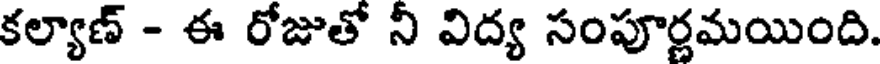
కల్యాణ్ - ఈ రోజుతో నీ విద్య సంపూర్ణమయింది.